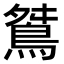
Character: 𪀾